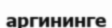
аргининге